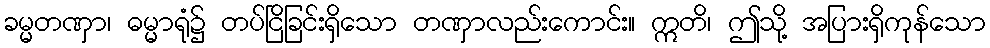
ခမ္မတဏှာ၊ ဓမ္မာရုံ၌ တပ်ငြိခြင်းရှိသော တဏှာလည်းကောင်း။ ဣတိ၊ ဤသို့ အပြားရှိကုန်သော